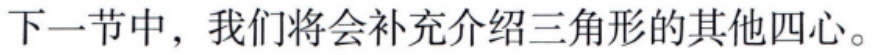
下一节中，我们将会补充介绍三角形的其他四心。